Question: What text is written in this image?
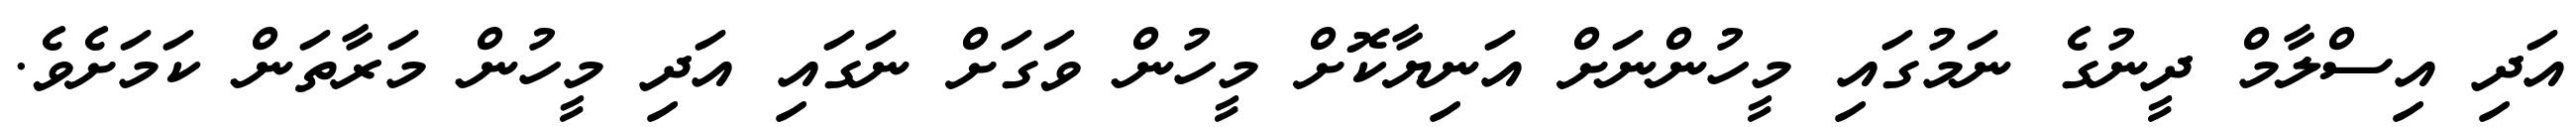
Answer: އަދި އިސްލާމް ދީނުގެ ނަމުގައި މީހުންނަށް އަނިޔާކޮށް މީހުން ވަގަށް ނަގައި އަދި މީހުން މަރާތަން ކަމަށެވެ.